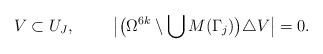
\begin{align*} V \subset U_J, \ \ \ \ \ \ \ \big| \big(\Omega^{6k} \setminus \bigcup\nolimits M(\Gamma_j)\big) \triangle V\big| = 0.\end{align*}